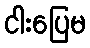
ငါးပြေမ